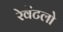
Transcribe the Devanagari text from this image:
रेवेंटलो